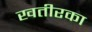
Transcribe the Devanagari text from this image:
खतीरका